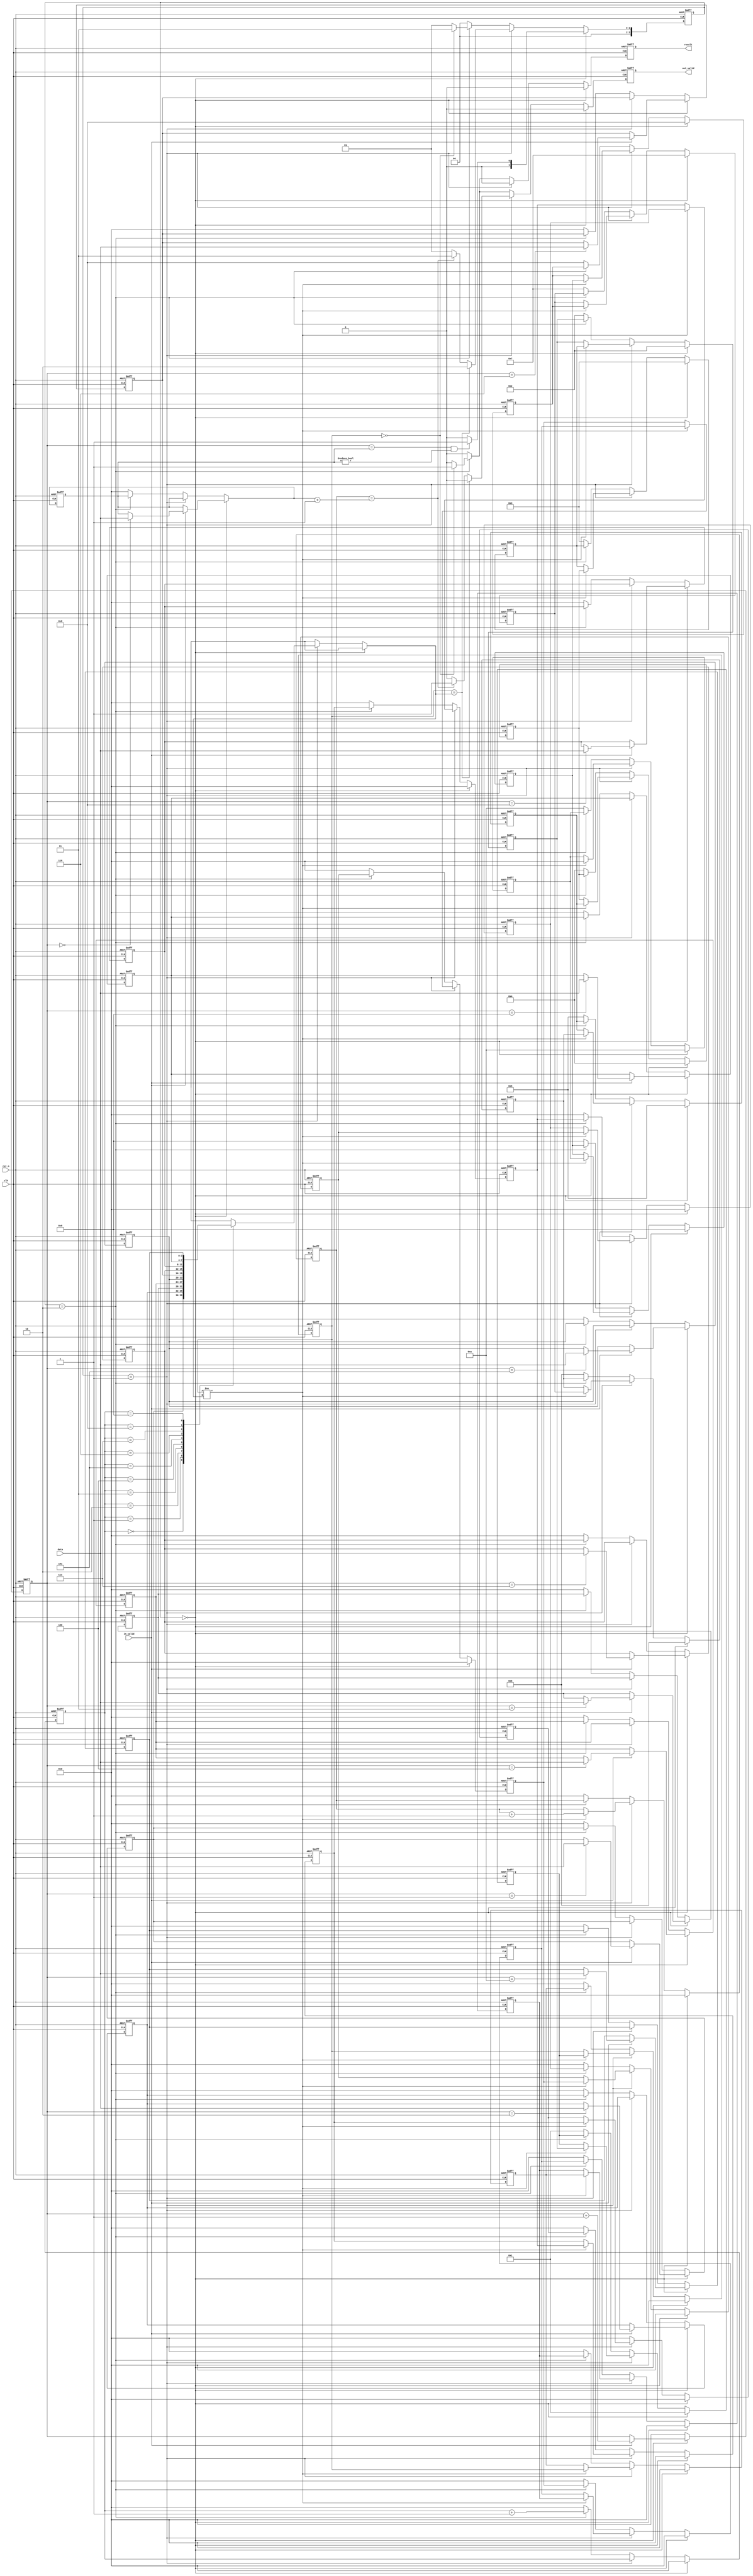
module Train(
    //Input Port
    clk,
    rst_n,
	in_valid,
	data,

    //Output Port
    out_valid,
	result
);

input        clk;
input 	     in_valid;
input        rst_n;
input  [3:0] data;
output   reg out_valid;
output   reg result; 
reg [3:0] counter_11_dff, counter_11_comb;
reg [3:0] IN_num, IN_num_dff;
reg [3:0] cur_state, nxt_state;
reg [3:0] stack [0:9];
reg [3:0] stack_dff [0:9];
reg [3:0] format [0:9];
reg [3:0] format_dff [0:9];
reg [3:0] quene [0:9];
reg [3:0] quene_dff [0:9];
reg [3:0] cur_addr, cur_addr_dff;
reg [3:0] counter, counter_dff;
reg out_valid_comb, result_comb;
parameter   INPUT = 0;
parameter   PUSH = 1;
parameter   POP = 2;
parameter   OUT = 3;
integer  i;
//===================//
//        FSM        //
//===================//
always @(posedge clk or negedge rst_n) begin
    if(!rst_n)begin
        cur_state <= 0;
        cur_addr_dff <= 0;
        counter_11_dff <= 0;
        counter_dff <= 0;
        out_valid <= 0;
        result <= 0;
        IN_num_dff <= 0;
        for(i = 0; i < 10; i = i + 1)begin
            format_dff[i] <= 0;
            quene_dff[i] <= i + 1;
            stack_dff[i] <= 0;
        end 
    end
    else begin
        cur_state <= nxt_state;
        cur_addr_dff <= cur_addr;
        counter_11_dff <= counter_11_comb; 
        counter_dff <= counter;
        out_valid <= out_valid_comb;
        result <= result_comb;
        IN_num_dff <= IN_num;
        for(i = 0; i < 10; i = i + 1)begin
            format_dff[i] <= format[i];
            quene_dff[i] <= quene[i];
            stack_dff[i] <= stack[i];
        end
    end
end
always @(*) begin
    if(cur_state == INPUT)begin
        counter_11_comb = counter_11_dff;
        out_valid_comb = 0;
        result_comb = 0;
        if(in_valid)begin
            counter_11_comb = counter_11_dff + 1;
        end
        if(counter_11_dff == IN_num_dff && IN_num_dff != 0)begin
            nxt_state = PUSH;
        end 
        else begin
            nxt_state = INPUT;
        end
    end
    else if(cur_state == PUSH)begin
        out_valid_comb = 0;
        result_comb = 0;
        counter_11_comb = 0;
        if(stack_dff[0] == format_dff[cur_addr_dff])begin
            nxt_state = POP;
        end
        else begin
            if(counter_dff == IN_num + 1)begin
                nxt_state = OUT;
                out_valid_comb = 1;
                result_comb = 0;
            end
            else begin
                nxt_state = PUSH;
            end
        end
    end
    else if(cur_state == POP)begin
        out_valid_comb = 0;
        result_comb = 0;
        counter_11_comb = 0;
        if(stack_dff[0] == 0)begin
            nxt_state = OUT;
            out_valid_comb = 1;
            result_comb = 1;
        end
        else begin
            nxt_state = PUSH;
        end
    end
    else begin
        counter_11_comb = 0;
        out_valid_comb = 0;
        result_comb = 0;
        nxt_state = INPUT;
    end
end            
//=======================================//
//              INPUT                    //
//=======================================//
always @(*) begin
    if(cur_state == INPUT)begin
        cur_addr = 0;
        counter = 0;
        if(in_valid)begin
            IN_num = IN_num_dff;
            for(i = 0; i < 10; i = i + 1)begin
                quene[i] = i + 1;
                format[i] = format_dff[i];
                stack[i] = 0;
            end
            if(in_valid)begin
                case(counter_11_dff)
                    0:IN_num = data;
                    1:format[0] = data;
                    2:format[1] = data;
                    3:format[2] = data;
                    4:format[3] = data;
                    5:format[4] = data;
                    6:format[5] = data;
                    7:format[6] = data;
                    8:format[7] = data;
                    9:format[8] = data;
                    10:format[9] = data;
                endcase
            end
        end
        else begin
            IN_num = IN_num_dff;
            for(i = 0; i < 10; i = i + 1)begin
                quene[i] = i + 1;
                format[i] = format_dff[i];
                stack[i] = 0;
            end
        end
    end
    else if(cur_state == PUSH)begin
        IN_num = IN_num_dff;
        for(i = 0; i < 10; i = i + 1)begin
            format[i] = format_dff[i];
        end
        if(stack_dff[0] != format_dff[cur_addr_dff])begin
            stack[0] = quene_dff[0];
            counter = counter_dff + 1;
            for(i = 1; i < 10; i = i + 1)begin
                stack[i] = stack_dff[i - 1];
            end
            quene[9] = 0;
            for(i = 0; i < 9; i = i + 1)begin
                quene[i] = quene_dff[i + 1];
            end
            cur_addr = cur_addr_dff;
        end
        else begin
            cur_addr = cur_addr_dff ;
            counter = counter_dff;
            for(i = 0; i < 10; i = i + 1)begin
                stack[i] = stack_dff[i];
                quene[i] = quene_dff[i];
            end
        end
    end
    else if(cur_state == POP)begin
        IN_num = IN_num_dff;
        cur_addr = cur_addr_dff + 1;
        counter = counter_dff;
        for(i = 0; i < 10;i = i + 1)begin
            format[i] = format_dff[i];
            quene[i] = quene_dff[i];
        end
        stack[9] = 0;
        for(i = 0; i < 9; i = i + 1)begin
            stack[i] = stack_dff[i + 1];
        end
    end
    else begin
        IN_num = 0;
        cur_addr = 0;
        counter = 0;
        for(i = 0; i < 10; i = i + 1)begin
            format[i] = 0;
            quene[i] = i + 1;
            stack[i] = 0;
        end
    end
end
endmodule